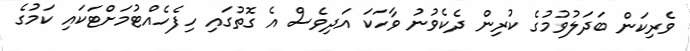
ވެރިކަން ބަދަލުވުމުގެ ކުރިން ދެކެވުނު ވާހަކަ އަދިވެސް އެ ގޮތުގައި ހިފެހެއްޓުމަށްޓަކައި ކަމުގެ